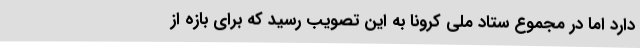
دارد اما در مجموع ستاد ملی کرونا به این تصویب رسید که برای بازه از